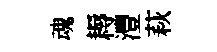
魂耨灃萩